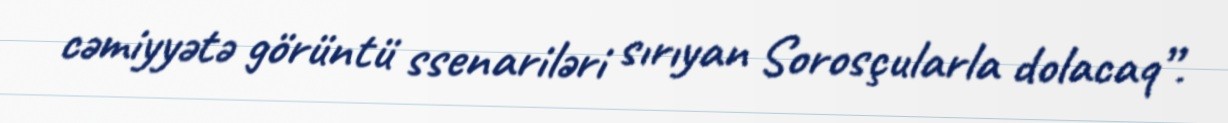
cəmiyyətə görüntü ssenariləri sırıyan Sorosçularla dolacaq”.